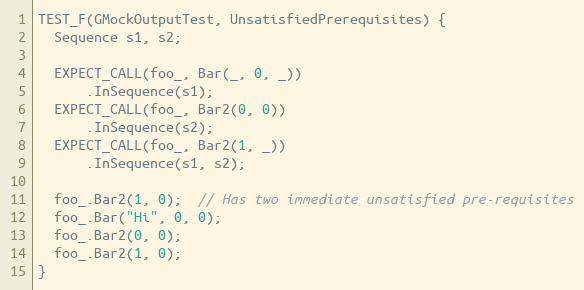
Language: C++
TEST_F(GMockOutputTest, UnsatisfiedPrerequisites) {
  Sequence s1, s2;

  EXPECT_CALL(foo_, Bar(_, 0, _))
      .InSequence(s1);
  EXPECT_CALL(foo_, Bar2(0, 0))
      .InSequence(s2);
  EXPECT_CALL(foo_, Bar2(1, _))
      .InSequence(s1, s2);

  foo_.Bar2(1, 0);  // Has two immediate unsatisfied pre-requisites
  foo_.Bar("Hi", 0, 0);
  foo_.Bar2(0, 0);
  foo_.Bar2(1, 0);
}